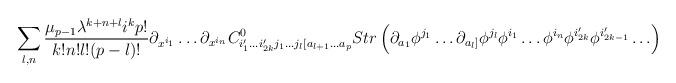
LaTeX: \begin{align*}\sum_{l,n} \frac{\mu_{p-1}\lambda^{k+n+l}i^kp!}{k!n!l!(p-l)!}\partial_{x^{i_1}}\ldots \partial_{x^{i_n}} C^0_{i_1'\ldots i_{2k}'j_1\ldots j_l[a_{l+1}\ldots a_p} Str \left(\partial_{a_1}\phi^{j_1}\ldots \partial_{a_l]}\phi^{j_l}\phi^{i_1}\ldots \phi^{i_n}\phi^{i_{2k}'}\phi^{i_{2k-1}'}\ldots \right)\end{align*}